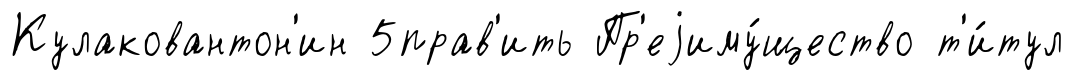
Кулаковантон'ин 5прав'ить Пр'еjиму́щество т'и́тул